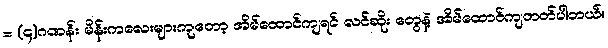
= (၄)ဂဏန်း မိန်းကလေးများကျတော့ အိမ်ထောင်ကျရင် လင်ဆိုး တွေနဲ့ အိမ်ထောင်ကျတတ်ပါတယ်။